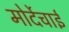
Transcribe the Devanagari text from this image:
मोर्देचाई